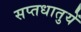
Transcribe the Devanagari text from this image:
सप्‍तधातुयें